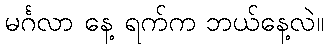
မင်္ဂလာ နေ့ ရက်က ဘယ်နေ့လဲ။